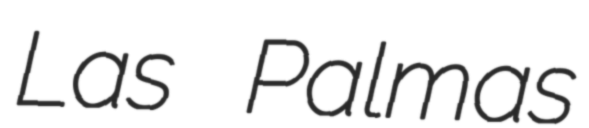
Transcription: Las Palmas